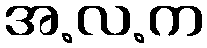
အ.လ.က